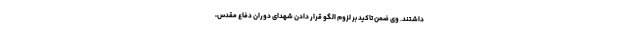
داشتند. وی ضمن تاکید بر لزوم الگو قرار دادن شهدای دوران دفاع مقدس،